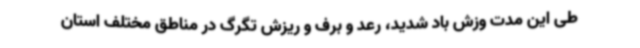
طی این مدت وزش باد شدید، رعد و برف و ریزش تگرگ در مناطق مختلف استان